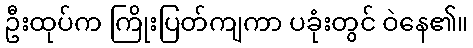
ဦးထုပ်က ကြိုးပြတ်ကျကာ ပခုံးတွင် ဝဲနေ၏။